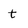
Character: t